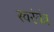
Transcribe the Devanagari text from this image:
स्वरंयंत्र